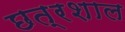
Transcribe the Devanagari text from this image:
छत्रशाल